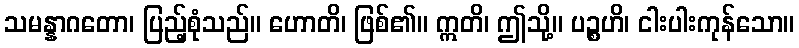
သမန္နာဂတော၊ ပြည့်စုံသည်။ ဟောတိ၊ ဖြစ်၏။ ဣတိ၊ ဤသို့။ ပဉ္စဟိ၊ ငါးပါးကုန်သော။